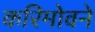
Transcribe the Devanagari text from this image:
करिमोवने